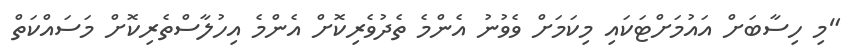
"މި ހިސާބަށް އައުމަށްޓަކައި މިކަމަށް ވެވުނު އެންމެ ތެދުވެރިކޮށް އެންމެ އިހުލާސްތެރިކޮށް މަސައްކަތް